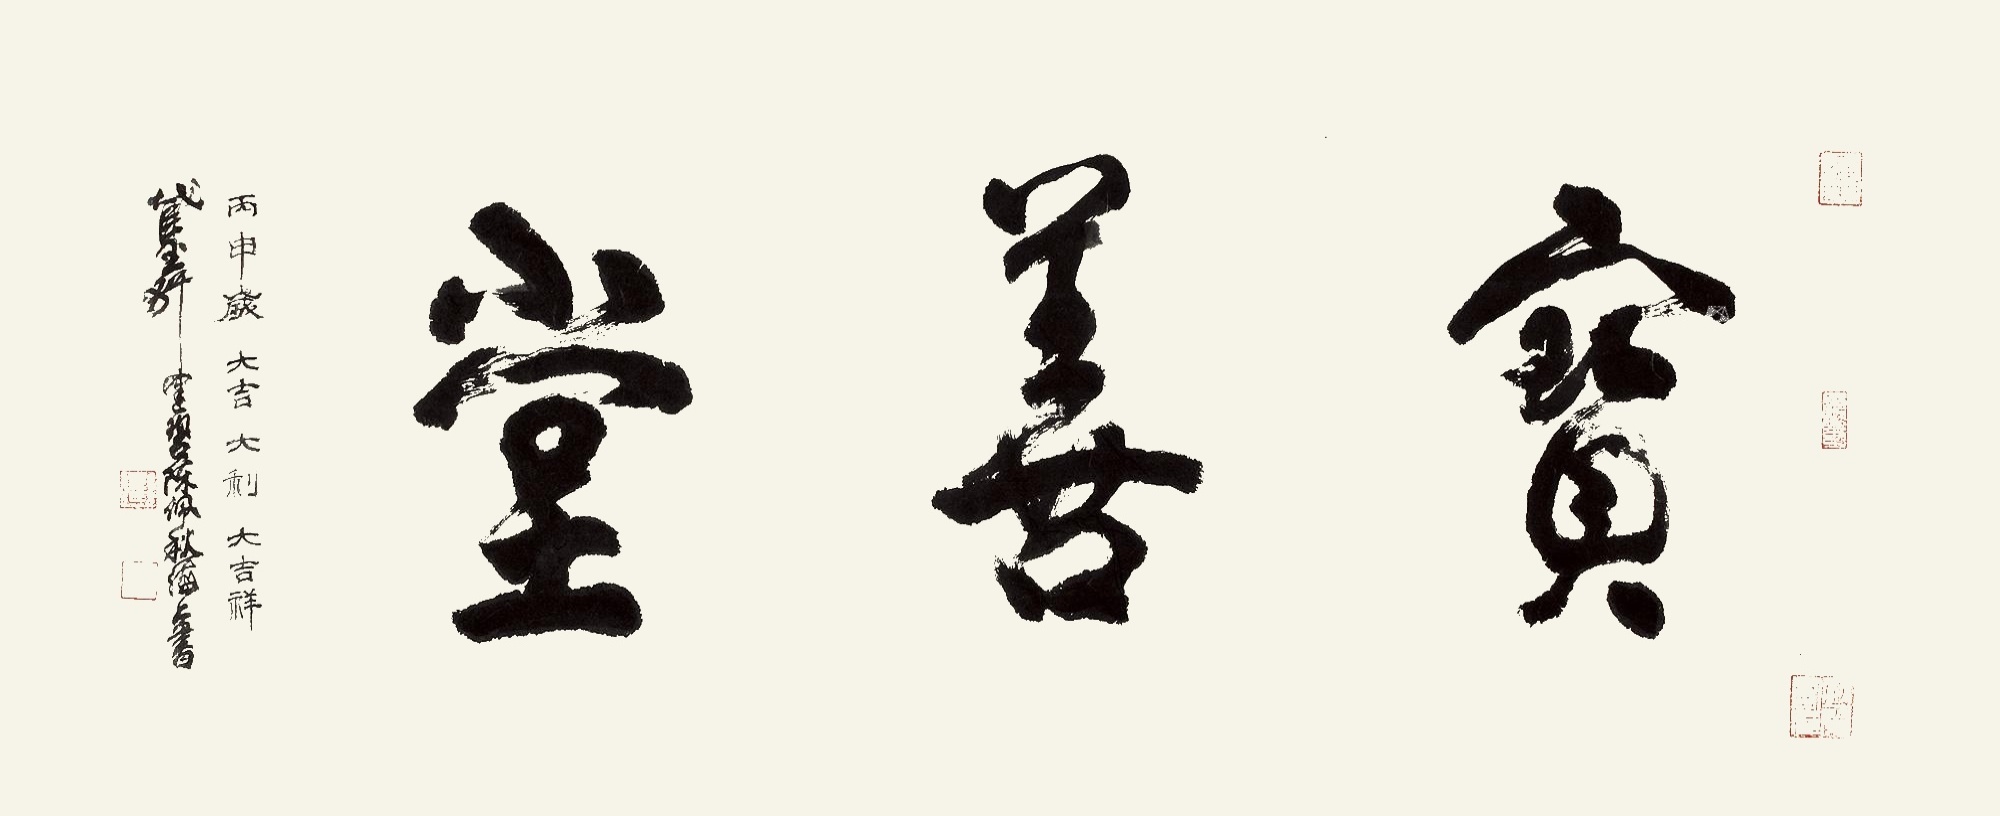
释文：宝善堂。丙申岁大吉、大利、大吉祥。截玉轩健碧陈佩秋海上书。